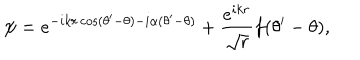
LaTeX: \psi = e ^ { - i k r \cos ( \theta ^ { \prime } - \theta ) - i \alpha ( \theta ^ { \prime } - \theta ) } + \displaystyle \frac { e ^ { i k r } } { \sqrt { r } } f ( \theta ^ { \prime } - \theta ) ,